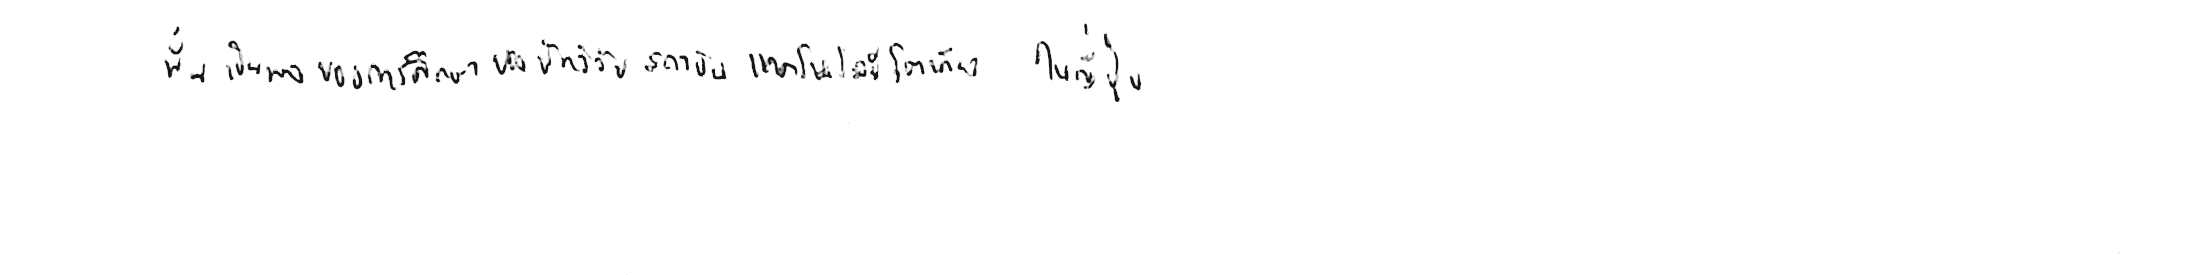
นั่นเป็นผลการศึกษาของนักวิจัยสถาบันเทคโนโลยีโตเกียว ในญี่ปุ่น